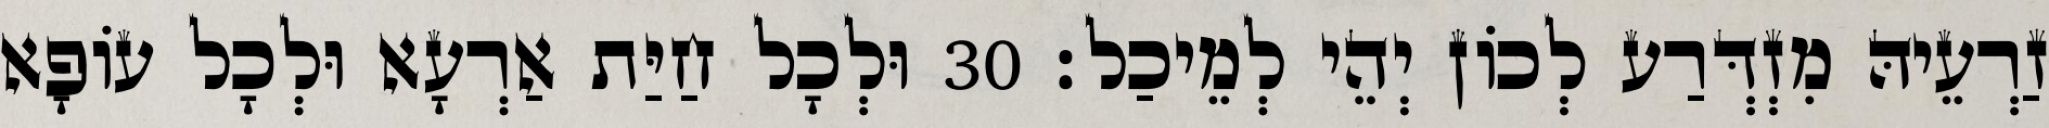
זַרְעֵיהּ מִזְדְּרַע לְכוֹן יְהֵי לְמֵיכַל׃ 30 וּלְכָל חַיַּת אַרְעָא וּלְכָל עוֹפָא